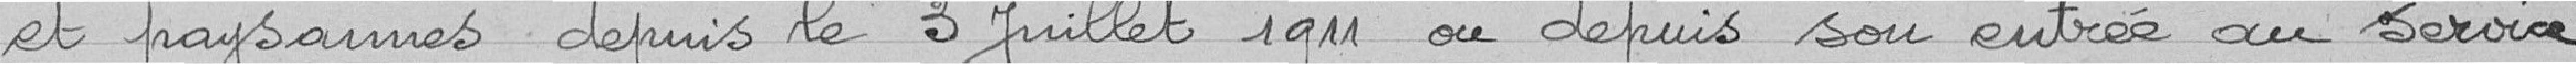
et paysannes depuis le 3 juillet 1911 ou depuis son entrée au service